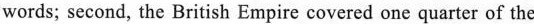
words; second, the British Empire covered one quarter of the